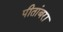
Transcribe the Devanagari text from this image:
पीतांबरा